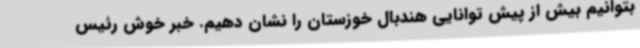
بتوانیم بیش از پیش توانایی هندبال خوزستان را نشان دهیم. خبر خوش رئیس